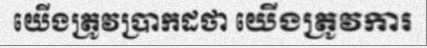
យើងត្រូវប្រាកដថា យើងត្រូវការ